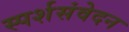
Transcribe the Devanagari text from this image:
स्पर्शसंवेदन